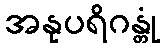
အနုပရိဂန္တုံ